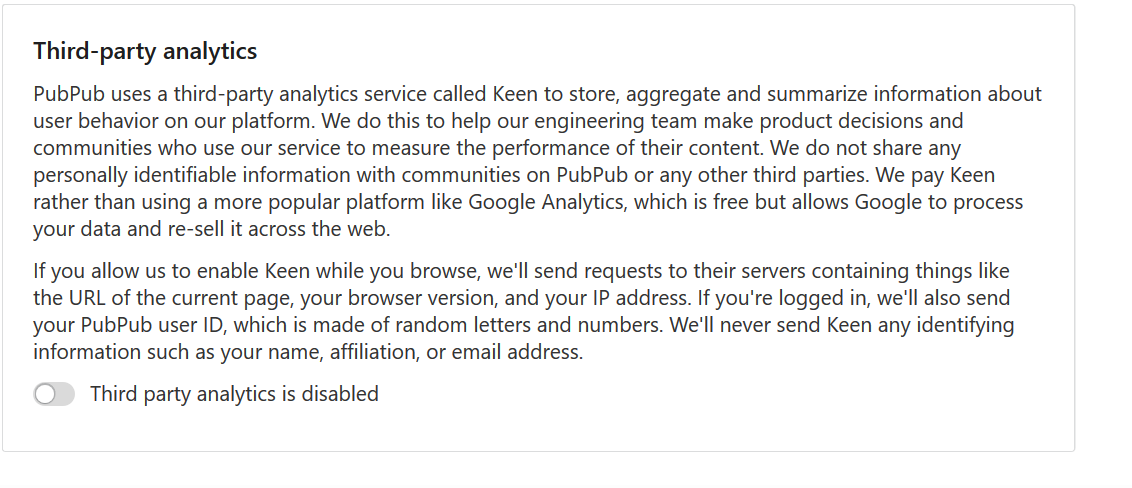
Third-party analytics
     Third party analytics is disabled
    If you allow us to enable Keen while you browse, we'll send requests to their servers containing things like
    the URL of the current page, your browser version, and your IP address. If you're logged in, we'll also send
    your PubPub user ID, which is made of random letters and numbers. We'll never send Keen any identifying
    information such as your name, affiliation, or email address.
    PubPub uses a third-party analytics service called Keen to store, aggregate and summarize information about
    user behavior on our platform. We do this to help our engineering team make product decisions and
    communities who use our service to measure the performance of their content. We do not share any
    personally identifiable information with communities on PubPub or any other third parties. We pay Keen
    rather than using a more popular platform like Google Analytics, which is free but allows Google to process
    your data and re-sell it across the web.